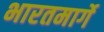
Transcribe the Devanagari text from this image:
भारतमार्गे